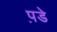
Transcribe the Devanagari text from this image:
प़डे